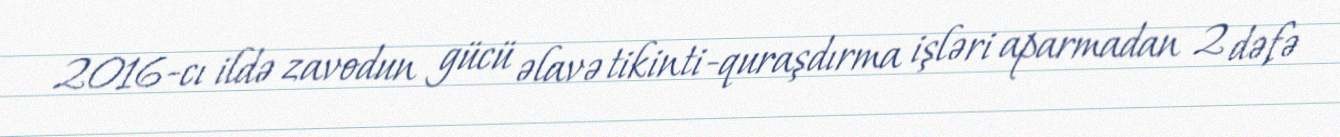
2016-cı ildə zavodun gücü əlavə tikinti-quraşdırma işləri aparmadan 2 dəfə